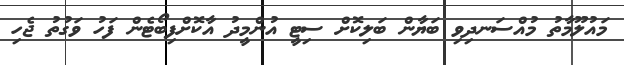
މައުލޫމާތު މުއްސަނދިވި ބަޔާން ބަލިކޮށް ސިޓީ އުންމީދު އާކޮށްފިބޯޓެން ފަހު ވަގުތު ޖެހި